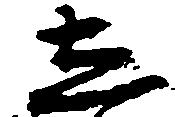
し